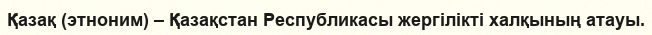
Қазақ (этноним) – Қазақстан Республикасы жергілікті халқының атауы.